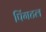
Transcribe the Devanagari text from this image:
पिंगटल